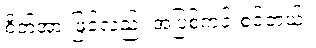
စိတ်အားဖြင့်လည်း အပြစ်ကင်းစင်တယ်။